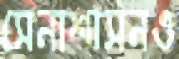
সেনাশাসনও